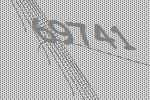
69741